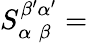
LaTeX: S_{\alpha\; \beta}^{\beta^{\prime}\alpha^{\prime}}=